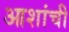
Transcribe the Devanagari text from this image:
आशांची